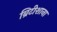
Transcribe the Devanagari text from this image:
ब्रिटीशाना